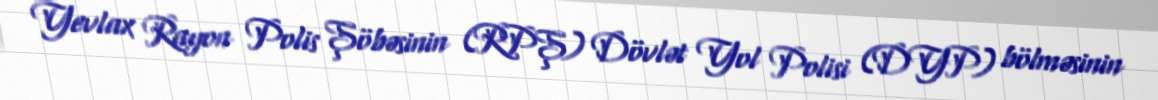
Yevlax Rayon Polis Şöbəsinin (RPŞ) Dövlət Yol Polisi (DYP) bölməsinin